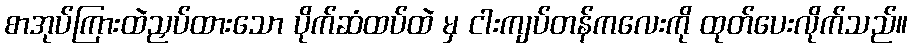
စာအုပ်ကြားထဲညှပ်ထားသော ပိုက်ဆံထပ်ထဲ မှ ငါးကျပ်တန်ကလေးကို ထုတ်ပေးလိုက်သည်။